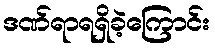
ဒဏ်ရာရရှိခဲ့ကြောင်း